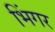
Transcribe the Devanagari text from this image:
भिंगर